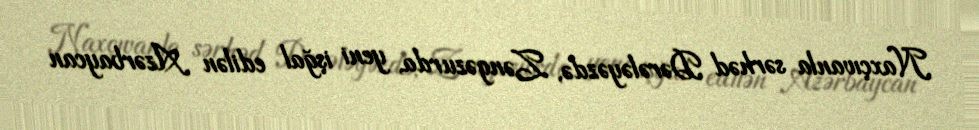
Naxçıvanla sərhəd Dərələyəzdə, Zəngəzurda, yeni işğal edilən Azərbaycan